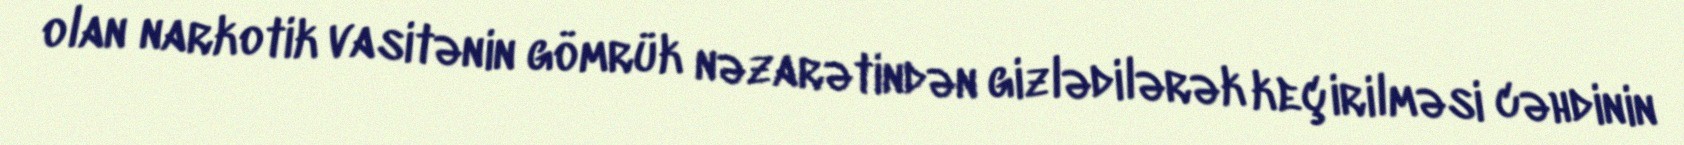
olan narkotik vasitənin gömrük nəzarətindən gizlədilərək keçirilməsi cəhdinin